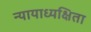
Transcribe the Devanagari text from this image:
न्यायाध्यक्षिता